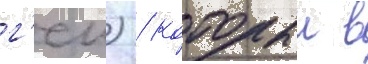
г'еи) / которыи в